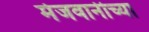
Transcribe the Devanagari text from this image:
मेजवानीच्या